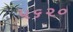
૫૬૨૦